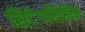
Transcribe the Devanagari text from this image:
सिटेगलिप्तिन